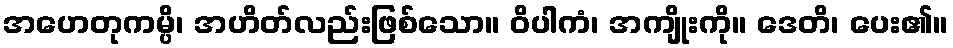
အဟေတုကမ္ပိ၊ အဟိတ်လည်းဖြစ်သော။ ဝိပါကံ၊ အကျိုးကို။ ဒေတိ၊ ပေး၏။